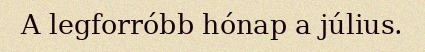
A legforróbb hónap a július.